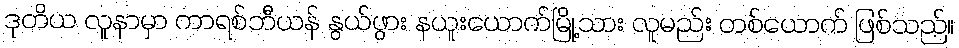
ဒုတိယ လူနာမှာ ကာရစ်ဘီယန် နွယ်ဖွား နယူးယောက်မြို့သား လူမည်း တစ်ယောက် ဖြစ်သည်။